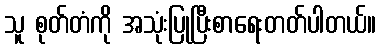
သူ စုတ်တံကို အသုံးပြုပြီးစာရေးတတ်ပါတယ်။